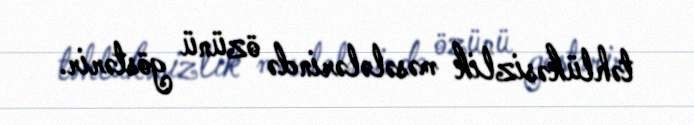
təhlükəsizlik məsələlərində özünü göstərir.